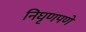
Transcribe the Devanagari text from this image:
निघृणपणे